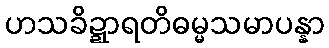
ဟသခိဍ္ဍာရတိဓမ္မသမာပန္နာ